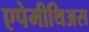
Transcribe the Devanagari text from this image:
एपेमीथिअस